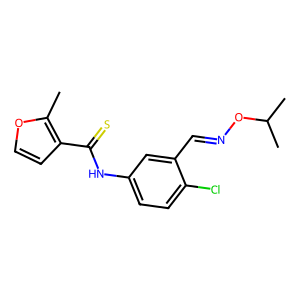
SMILES: Cc1occc1C(=S)Nc1ccc(Cl)c(C=NOC(C)C)c1
Inhibits HIV replication: Yes